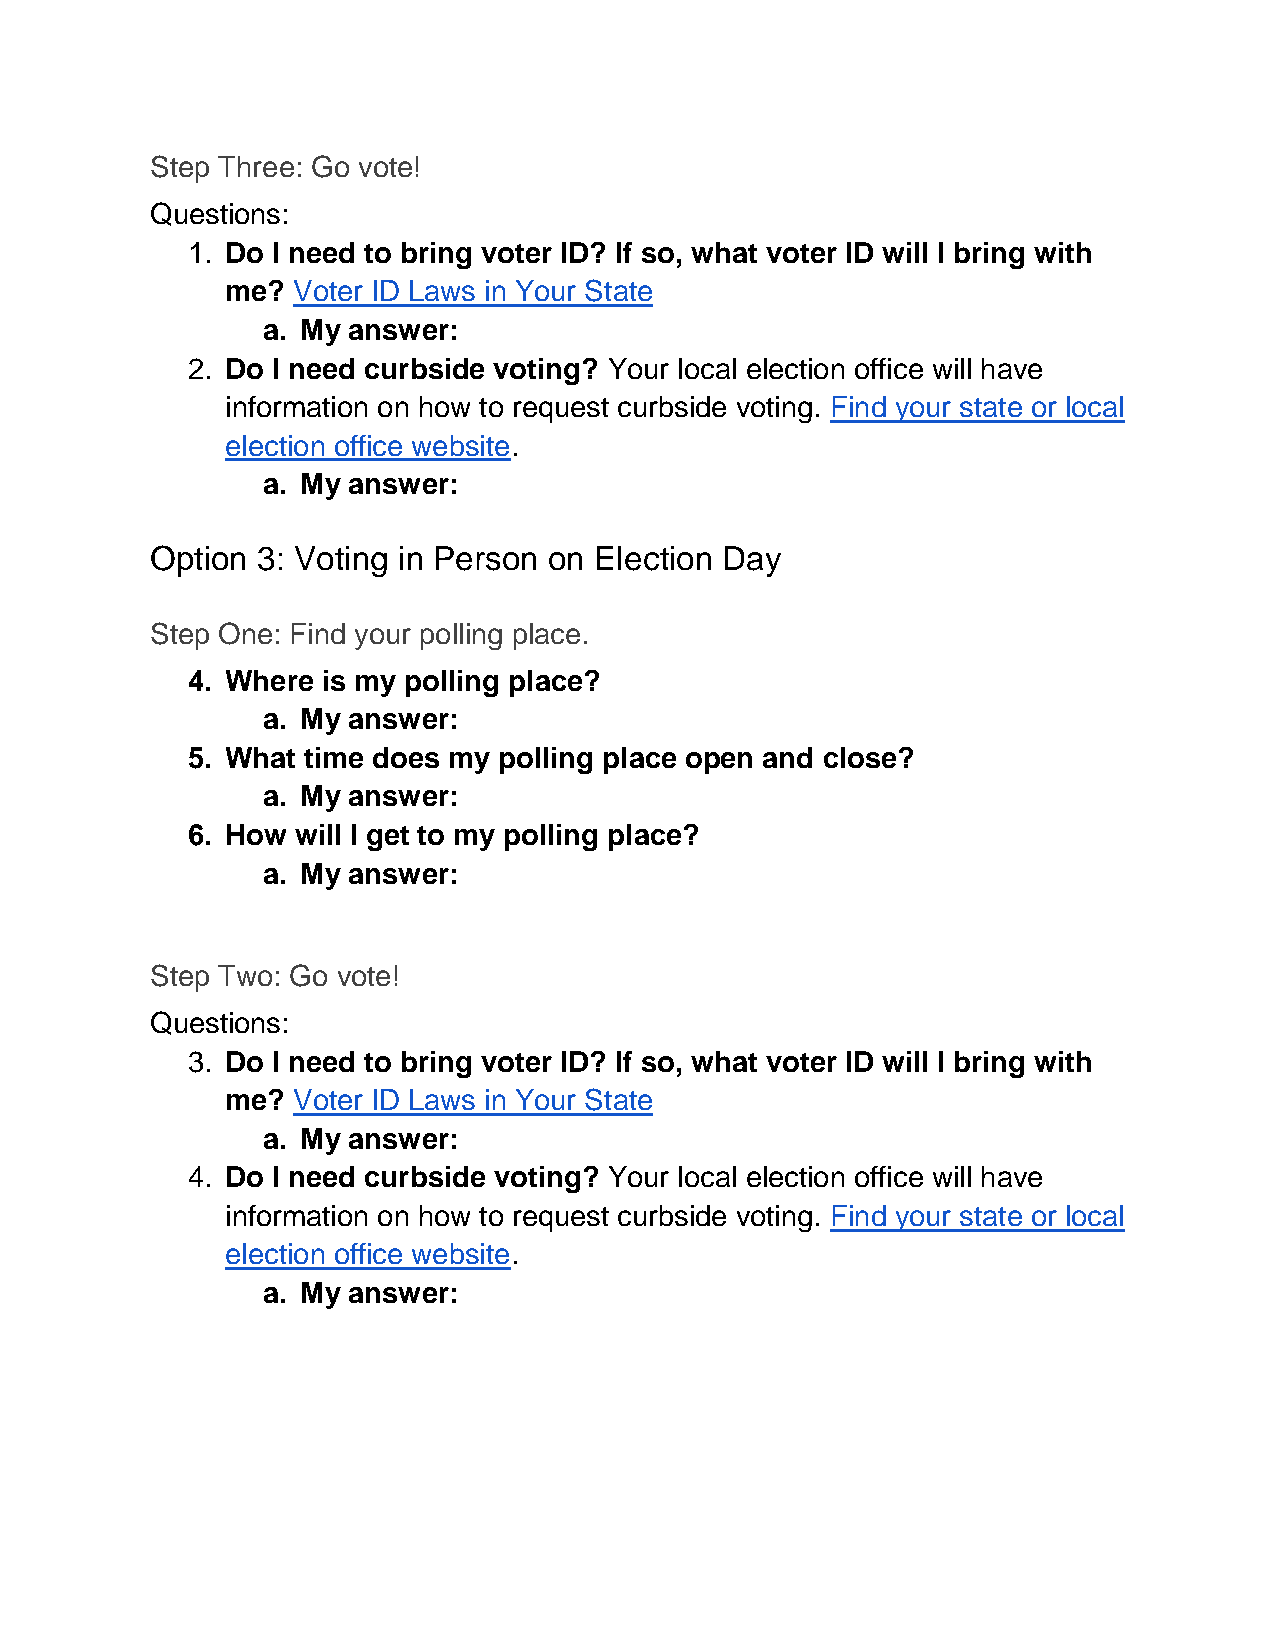
Step Three: Go vote!
 Questions:
 1. Do I need to bring voter ID? If so, what voter ID will I bring with
 me? Voter ID Laws in Your State
 a. My answer:
 2. Do I need curbside voting? Your local election office will have
 information on how to request curbside voting. Find your state or local
 election office website.
 a. My answer:
 Option 3: Voting in Person on Election Day
 Step One: Find your polling place.
 4. Where is my polling place?
 a. My answer:
 5. What time does my polling place open and close?
 a. My answer:
 6. How will I get to my polling place?
 a. My answer:
 Step Two: Go vote!
 Questions:
 3. Do I need to bring voter ID? If so, what voter ID will I bring with
 me? Voter ID Laws in Your State
 a. My answer:
 4. Do I need curbside voting? Your local election office will have
 information on how to request curbside voting. Find your state or local
 election office website.
 a. My answer: